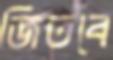
জিতবে